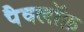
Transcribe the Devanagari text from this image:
पैवलॉफ़